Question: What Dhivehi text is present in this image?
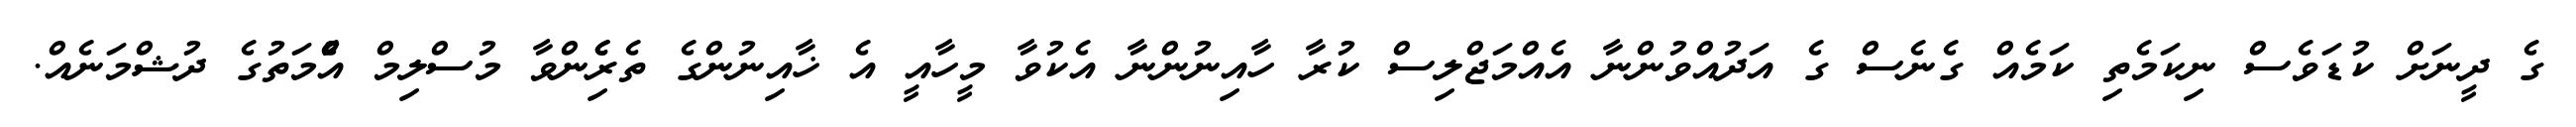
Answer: ގެ ދީނަށް ކުޑަވެސް ނިކަމެތި ކަމެއް ގެނެސް ގެ އަދުއްވުންނާ އެއްމަޖްލިސް ކުރާ ހާއިނުންނާ އެކުވާ މީހާއީ އެ ޚާއިނުންގެ ތެރެެިންވާ މުސްލިމް އުެްމަތުގެ ދުޝްމަނެއް.